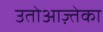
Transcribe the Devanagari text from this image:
उतोआज़्तेका